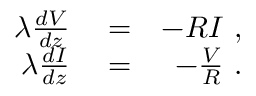
\begin{array} { r l r } { \lambda \frac { d V } { d z } } & { { } = } & { - R I \mathrm { ~ , ~ } } \\ { \lambda \frac { d I } { d z } } & { { } = } & { - \frac { V } { R } \mathrm { ~ . ~ } } \end{array}